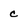
Character: c